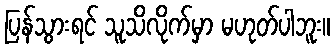
ပြန်သွားရင် သူသိလိုက်မှာ မဟုတ်ပါဘူး။